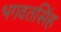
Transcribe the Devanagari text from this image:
भगवतसिंह